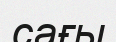
сағы